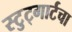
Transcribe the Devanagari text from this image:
स्टुट्गार्टचा